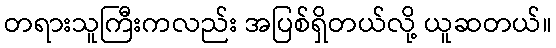
တရားသူကြီးကလည်း အပြစ်ရှိတယ်လို့ ယူဆတယ်။